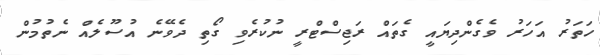
ހަތަރު އަހަރު ވެގެންދިޔައީ ގެތައް ރަޖިސްޓްރީ ނުކުރެވި ގޯތި ދެވޭނެ އުސޫލެއް ނެތުމުން